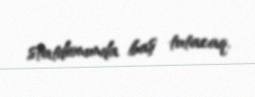
statdionunda baş tutacaq.